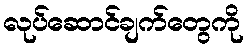
လုပ်ဆောင်ချက်တွေကို